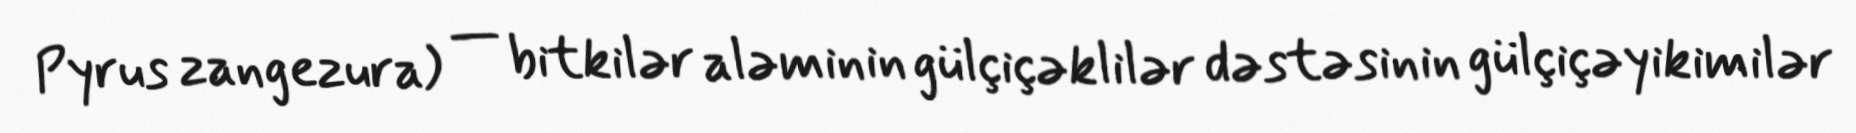
Pyrus zangezura) — bitkilər aləminin gülçiçəklilər dəstəsinin gülçiçəyikimilər